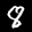
Label: 8